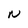
Character: N